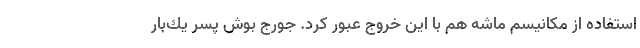
استفاده از مكانيسم ماشه هم با اين خروج عبور كرد. جورج بوش پسر يك‌بار